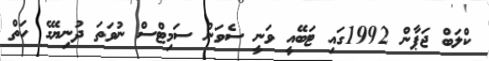
ކްލަބް ޖަޕާން 1992ގައި ޓަބޭއީ ވަނީ ސެވަން ސަމިޓްސް ނުވަތަ ދުނިޔޭގެ ހަތް